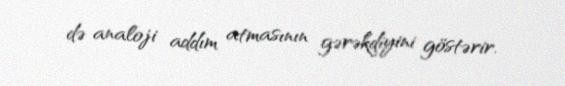
də analoji addım atmasının gərəkdiyini göstərir.